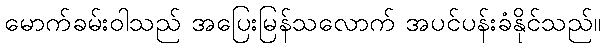
မောက်ခမ်းဝါသည် အပြေးမြန်သလောက် အပင်ပန်းခံနိုင်သည်။